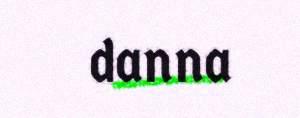
danna